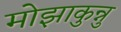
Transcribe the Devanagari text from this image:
मोझाकुन्नु